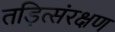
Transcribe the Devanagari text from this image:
तड़ित्संरक्षण